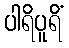
ပါရိပူရိံ